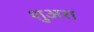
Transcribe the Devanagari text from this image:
शुअरा